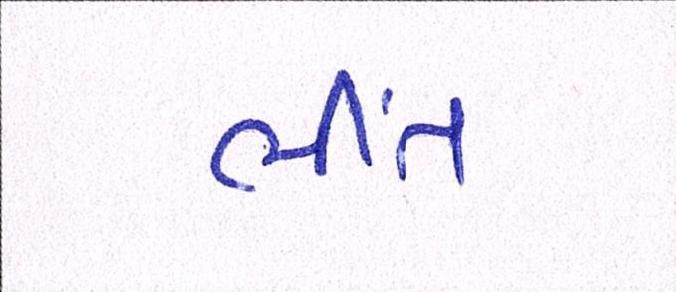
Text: ભીંત